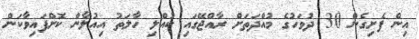
އިން ފެށިގެން 30 ދުވަހުގެ މުއްދަތަށް ރާއްޖޭގައި ކުއްލި ހާލަތު އިއުލާން ކޮށްފައިވާކަން